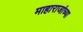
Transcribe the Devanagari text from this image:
माहाराजांच्या